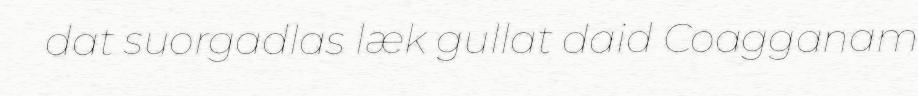
dat suorgadlas læk gullat daid Coagganam